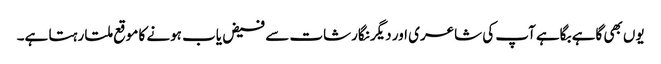
یوں بھی گاہے بگاہے آپ کی شاعری اور دیگر نگارشات سے فیض یاب ہونے کا موقع ملتا رہتا ہے۔